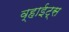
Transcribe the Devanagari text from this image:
व्हाईट्स